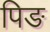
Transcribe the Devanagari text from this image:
पिङ